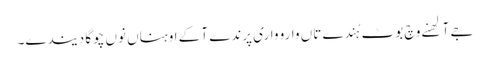
جے آلھنے وچ بوٹ ہُندے تاں وارو واری پرندے آ کے اوہناں نوں چوگا دیندے۔